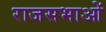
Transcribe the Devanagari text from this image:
राजसभाओं